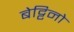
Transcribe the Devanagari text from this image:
बेट्टिनो